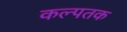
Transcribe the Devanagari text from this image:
कल्पतक